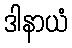
ဒါနာယံ